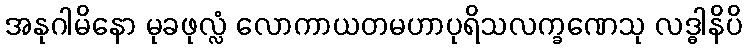
အနုဂါမိနော မုခဖုလ္လံ လောကာယတမဟာပုရိသလက္ခဏေသု လဒ္ဓါနိပိ